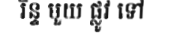
រិន្ទ មួយ ផ្លូវ ទៅ